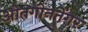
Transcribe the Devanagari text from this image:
ओतगोनतेंगर